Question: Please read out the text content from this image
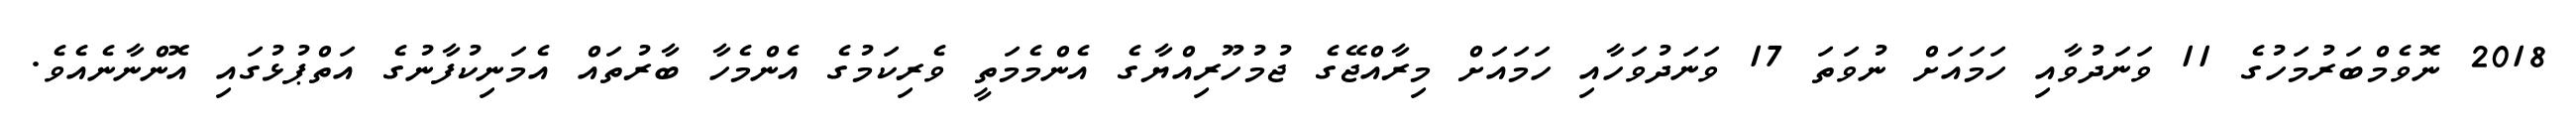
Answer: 2018 ނޮވެމްބަރުމަހުގެ 11 ވަނަދުވާއި ހަމައަށް ނުވަތަ 17 ވަނަދުވަހާއި ހަމައަށް މިރާއްޖޭގެ ޖުމުހޫރިއްޔާގެ އެންމެމަތީ ވެރިކަމުގެ އެންމެހާ ބާރުތައް އެމަނިކުފާނުގެ އަތްޕުޅުގައި އޮންނާނެއެވެ.